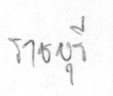
ราชบุรี